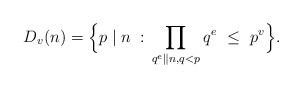
LaTeX: \begin{align*}D_v(n) = \Big\{ p\mid n \; :\, \prod_{q^e\| n, q< p} q^e \ \le \ p^v \Big\}.\end{align*}